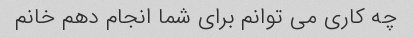
چه کاری می توانم برای شما انجام دهم خانم